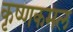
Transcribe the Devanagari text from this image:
कृष्णकमल